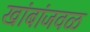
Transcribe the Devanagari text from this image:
खांबांजवळ